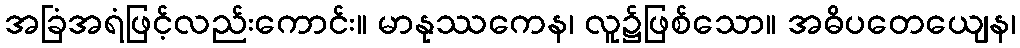
အခြံအရံဖြင့်လည်းကောင်း။ မာနုဿကေန၊ လူ၌ဖြစ်သော။ အဓိပတေယျေန၊